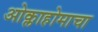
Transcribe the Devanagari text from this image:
ओक्लाहोमाचा